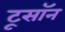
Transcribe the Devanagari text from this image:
टूसॉन